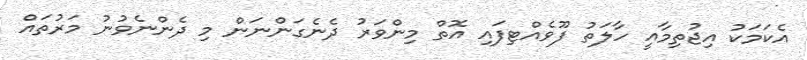
އެކަމަކު އިޖުތިމާއީ ހާލަތު ފޫވެއްޓިފައި އޮތް މިންވަރު ދެނެގަންނަން މި ދެންނެވުނު މަރުތައް